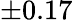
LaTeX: \pm 0.17